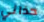
حذائي